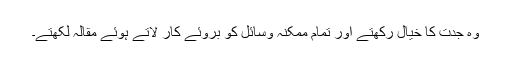
وہ جدت کا خیال رکھتے اور تمام ممکنہ وسائل کو بروئے کار لاتے ہوئے مقالہ لکھتے۔